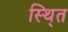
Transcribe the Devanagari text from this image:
स्थि्त